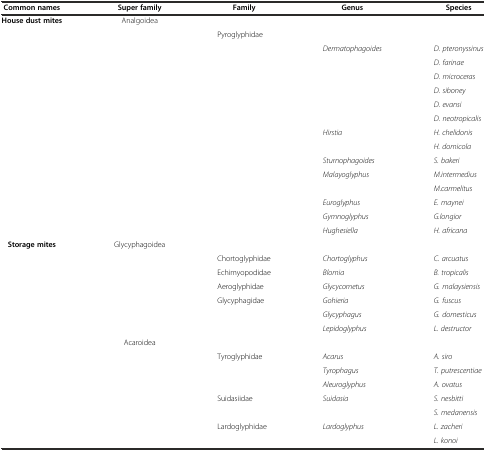
<table><thead><tr><td><b>Common names</b></td><td><b>Super family</b></td><td><b>Family</b></td><td><b>Genus</b></td><td><b>Species</b></td></tr></thead><tbody><tr><td><b>House dust mites</b></td><td>Analgoidea</td><td></td><td></td><td></td></tr><tr><td></td><td></td><td>Pyroglyphidae</td><td></td><td></td></tr><tr><td></td><td></td><td></td><td><i>Dermatophagoides</i></td><td><i>D. pteronyssinus</i></td></tr><tr><td></td><td></td><td></td><td></td><td><i>D. farinae</i></td></tr><tr><td></td><td></td><td></td><td></td><td><i>D. microceras</i></td></tr><tr><td></td><td></td><td></td><td></td><td><i>D. siboney</i></td></tr><tr><td></td><td></td><td></td><td></td><td><i>D. evansi</i></td></tr><tr><td></td><td></td><td></td><td></td><td><i>D. neotropicalis</i></td></tr><tr><td></td><td></td><td></td><td><i>Hirstia</i></td><td><i>H. chelidonis</i></td></tr><tr><td></td><td></td><td></td><td></td><td><i>H. domicola</i></td></tr><tr><td></td><td></td><td></td><td><i>Sturnophagoides</i></td><td><i>S. bakeri</i></td></tr><tr><td></td><td></td><td></td><td><i>Malayoglyphus</i></td><td><i>M.intermedius</i></td></tr><tr><td></td><td></td><td></td><td></td><td><i>M.carmelitus</i></td></tr><tr><td></td><td></td><td></td><td><i>Euroglyphus</i></td><td><i>E. maynei</i></td></tr><tr><td></td><td></td><td></td><td><i>Gymnoglyphus</i></td><td><i>G.longior</i></td></tr><tr><td></td><td></td><td></td><td><i>Hughesiella</i></td><td><i>H. africana</i></td></tr><tr><td><b>Storage mites</b></td><td>Glycyphagoidea</td><td></td><td></td><td></td></tr><tr><td></td><td></td><td>Chortoglyphidae</td><td><i>Chortoglyphus</i></td><td><i>C. arcuatus</i></td></tr><tr><td></td><td></td><td>Echimyopodidae</td><td><i>Blomia</i></td><td><i>B. tropicalis</i></td></tr><tr><td></td><td></td><td>Aeroglyphidae</td><td><i>Glycycometus</i></td><td><i>G. malaysiensis</i></td></tr><tr><td></td><td></td><td>Glycyphagidae</td><td><i>Gohieria</i></td><td><i>G. fuscus</i></td></tr><tr><td></td><td></td><td></td><td><i>Glycyphagus</i></td><td><i>G. domesticus</i></td></tr><tr><td></td><td></td><td></td><td><i>Lepidoglyphus</i></td><td><i>L. destructor</i></td></tr><tr><td></td><td>Acaroidea</td><td></td><td></td><td></td></tr><tr><td></td><td></td><td>Tyroglyphidae</td><td><i>Acarus</i></td><td><i>A. siro</i></td></tr><tr><td></td><td></td><td></td><td><i>Tyrophagus</i></td><td><i>T. putrescentiae</i></td></tr><tr><td></td><td></td><td></td><td><i>Aleuroglyphus</i></td><td><i>A. ovatus</i></td></tr><tr><td></td><td></td><td>Suidasiidae</td><td><i>Suidasia</i></td><td><i>S. nesbitti</i></td></tr><tr><td></td><td></td><td></td><td></td><td><i>S. medanensis</i></td></tr><tr><td></td><td></td><td>Lardoglyphidae</td><td><i>Lardoglyphus</i></td><td><i>L. zacheri</i></td></tr><tr><td></td><td></td><td></td><td></td><td><i>L. konoi</i></td></tr></tbody></table>